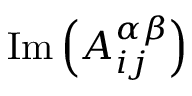
\mathrm { I m } \left( A _ { i j } ^ { \alpha \beta } \right)